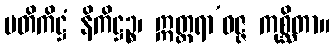
ပတိကိဋ္ဌံ နိကိဋ္ဌဉ္စ၊ ဣတ္တရာ’ဝဇ္ဇ ကုစ္ဆိတာ။